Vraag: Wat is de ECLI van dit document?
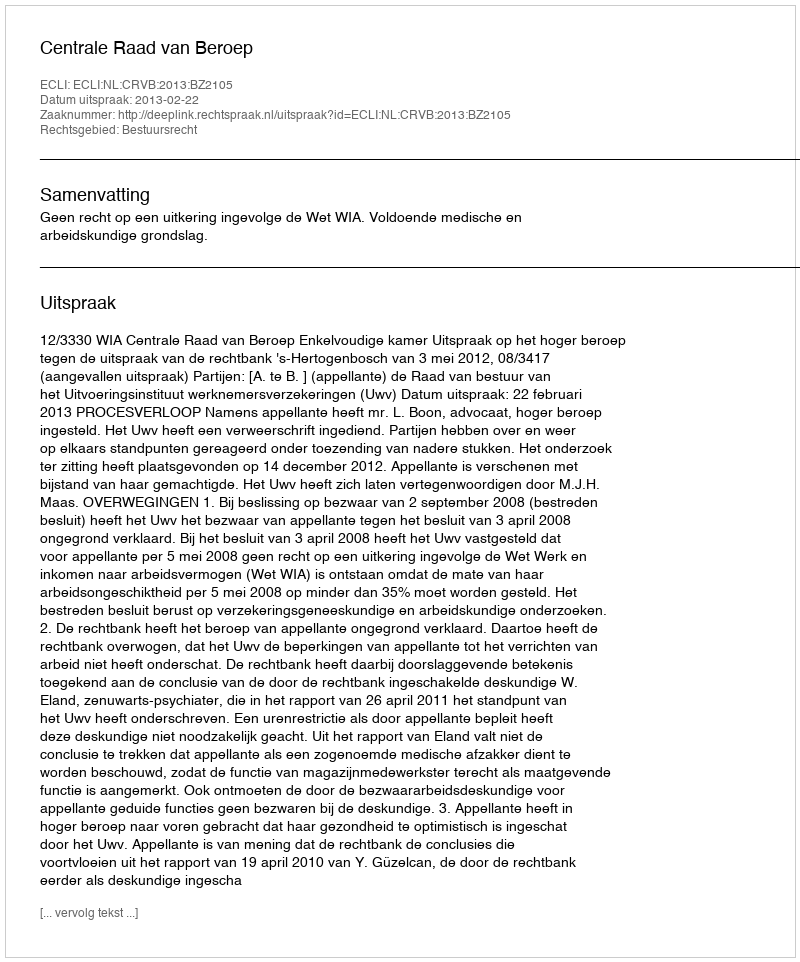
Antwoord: ECLI:NL:CRVB:2013:BZ2105